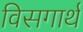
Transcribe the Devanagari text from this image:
विसगार्थ